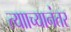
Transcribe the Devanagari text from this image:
त्यााच्यानंतर